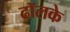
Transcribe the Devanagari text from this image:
ढॉलके